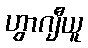
ဟွာဂျီယူ